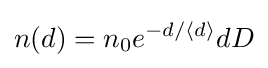
n(d)=n_{0}e^{-d/\langle d\rangle }dD